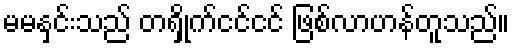
မမနှင်းသည် တရှိုက်ငင်ငင် ဖြစ်လာဟန်တူသည်။